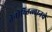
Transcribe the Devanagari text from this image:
तेनोच्तित्लानचे